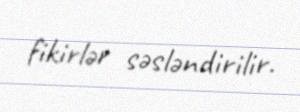
fikirlər səsləndirilir.